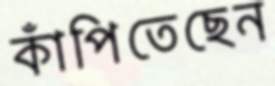
কাঁপিতেছেন